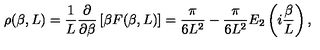
\rho ( \beta , L ) = \frac { 1 } { L } \frac { \partial } { \partial \beta } \left[ \beta F ( \beta , L ) \right] = \frac { \pi } { 6 L ^ { 2 } } - \frac { \pi } { 6 L ^ { 2 } } E _ { 2 } \left( i \frac { \beta } { L } \right) ,